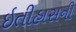
ઇતીહાસની